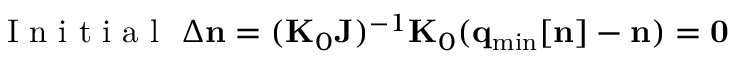
\mathrm { ~ I ~ n ~ i ~ t ~ i ~ a ~ l ~ } ~ \Delta { \bf n } = ( { \bf K } _ { 0 } { \bf J } ) ^ { - 1 } { \bf K } _ { 0 } ( { \bf q } _ { \mathrm { m i n } } [ { \bf n } ] - { \bf n } ) = { \bf 0 }